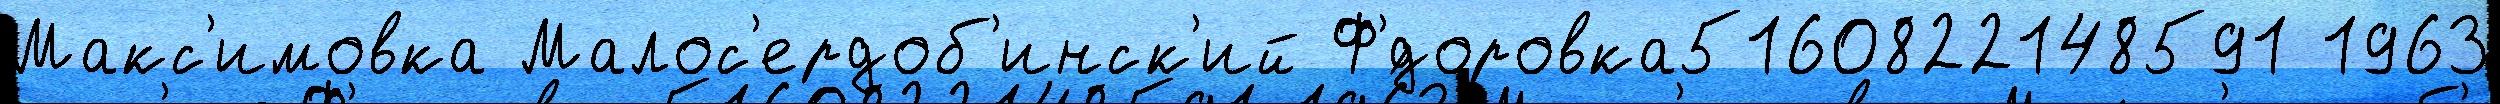
Макс'имовка Малос'ердоб'инск'ий Ф'́доровка5160822148591 1963